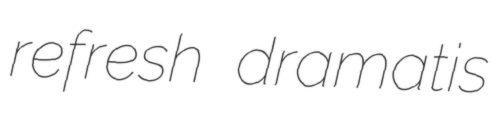
refresh dramatis